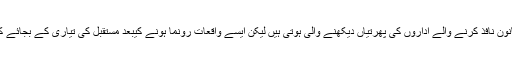
سانحہ رونما ہونے کے بعد ہماری پولیس اور قانون نافذ کرنے والے اداروں کی پھرتیاں دیکھنے والی ہوتی ہیں لیکن ایسے واقعات رونما ہونے کیبعد مستقبل کی تیاری کے بجائے کھوکھلے نعرے لگانے میں مصروف رہتے ہیں۔